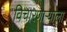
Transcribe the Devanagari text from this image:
विचारणाऱ्याला